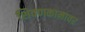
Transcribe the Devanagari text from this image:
शिवणकामावर